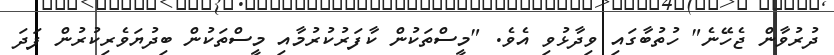
ދުރުވާން ޖެހޭނެ" ހުތުބާގައި ވިދާޅުވި އެވެ. "މީސްތަކުން ކާފަރުކުރުމާއި މީސްތަކުން ބިދުޔަވެރިކުރުން ފަދަ